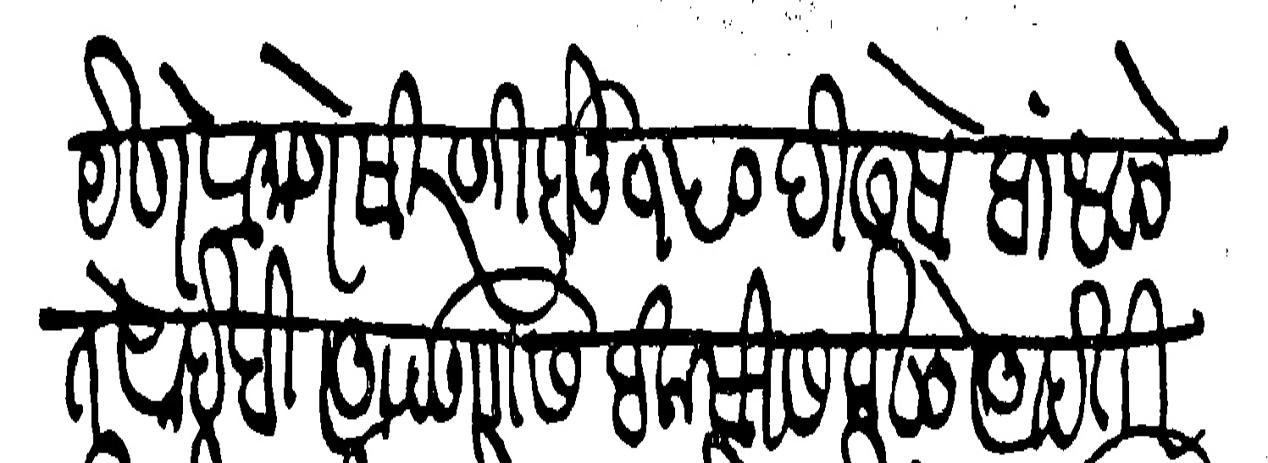
Transliteration (Devanagari): येणे प्रमाणे सिरणी होनू १५० दिडसे दिधळे ते साहेबी आपणास वकसिस केळे आहेती